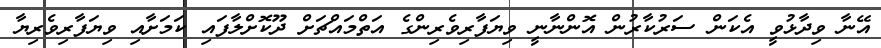
އޭނާ ވިދާޅުވީ އެކަން ސަރުކާރުން އޮންނާނީ ވިޔަފާރިވެރިންގެ އަތްމައްޗަށް ދޫކޮށްލާފައި ކަމަށާއި ވިޔަފާރިވެރިޔާ